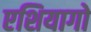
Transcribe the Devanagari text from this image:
एशियागो